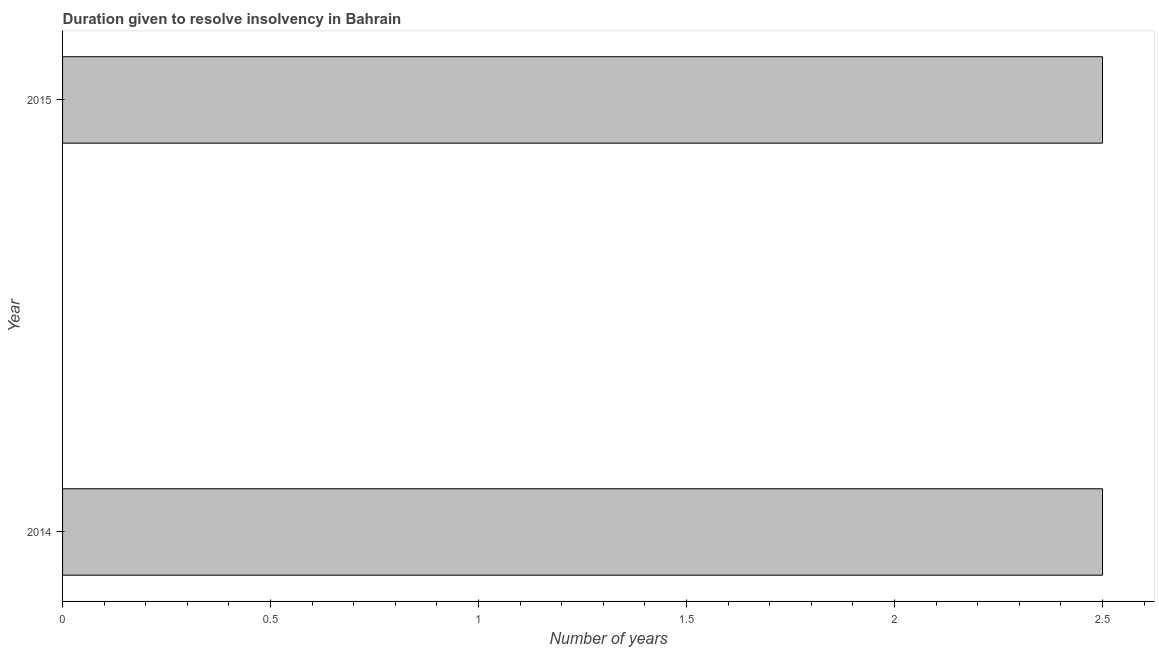
| Year | Resolve insolvency |
 | --- | --- |
 | 2014 | 2.5 |
 | 2015 | 2.5 |